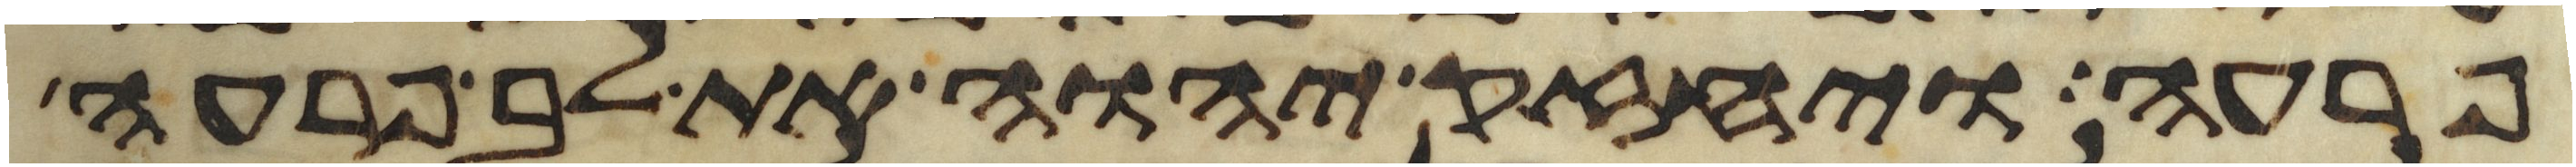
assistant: פרעה ויחזק יהוה את לב פרעה